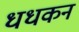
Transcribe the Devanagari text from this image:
धधकन